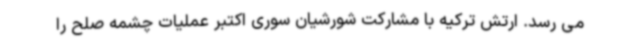
می رسد. ارتش ترکیه با مشارکت شورشیان سوری اکتبر عملیات چشمه صلح را